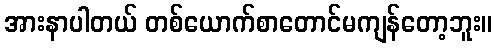
အားနာပါတယ် တစ်ယောက်စာတောင်မကျန်တော့ဘူး။